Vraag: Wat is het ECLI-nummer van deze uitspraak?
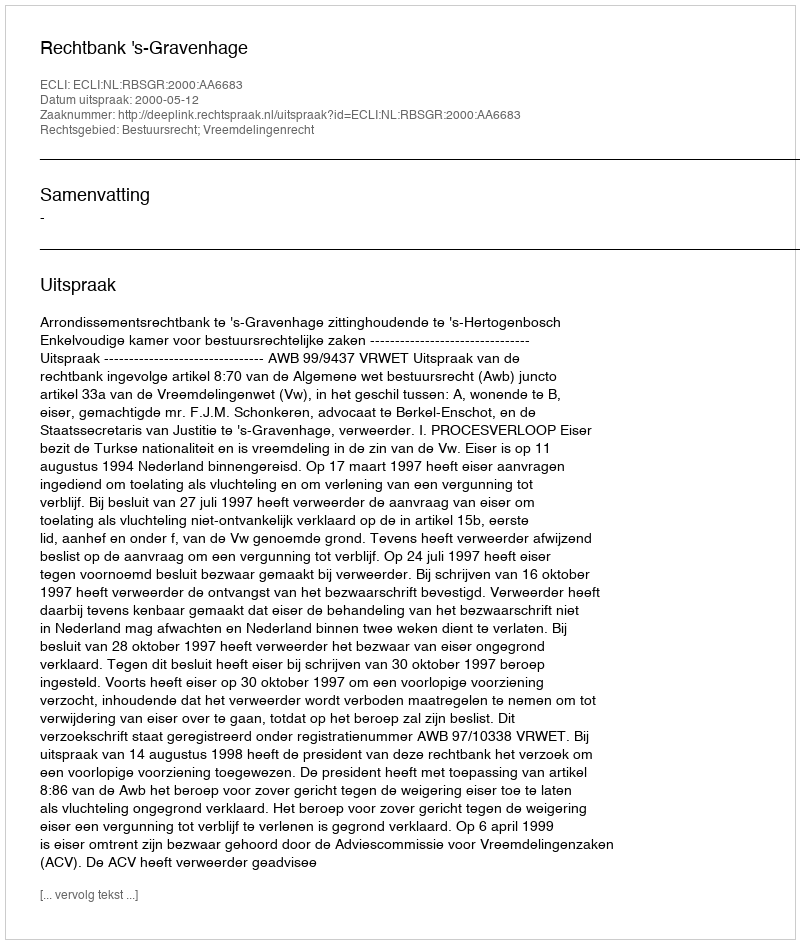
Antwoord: ECLI:NL:RBSGR:2000:AA6683